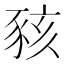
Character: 豥